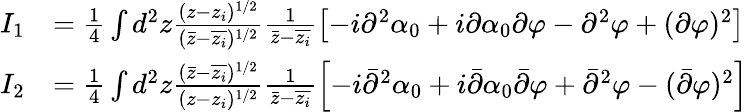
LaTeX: \begin{array}{rl}{I_{1}}&{=\frac{1}{4}\int d^{2}z\frac{(z-z_{i})^{1/2}}{(\bar{z}-\overline{{z_{i}}})^{1/2}}\frac{1}{\bar{z}-\overline{{z_{i}}}}\left[-i\partial^{2}\alpha_{0}+i\partial\alpha_{0}\partial\varphi-\partial^{2}\varphi+(\partial\varphi)^{2}\right]}\\ {I_{2}}&{=\frac{1}{4}\int d^{2}z\frac{(\bar{z}-\overline{{z_{i}}})^{1/2}}{(z-z_{i})^{1/2}}\frac{1}{\bar{z}-\overline{{z_{i}}}}\left[-i\bar{\partial}^{2}\alpha_{0}+i\bar{\partial}\alpha_{0}\bar{\partial}\varphi+\bar{\partial}^{2}\varphi-(\bar{\partial}\varphi)^{2}\right]}\end{array}